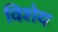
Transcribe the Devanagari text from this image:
विशेय